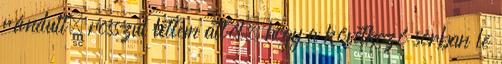
rándult, rosszul lettem attól, hogy a következő sorban le